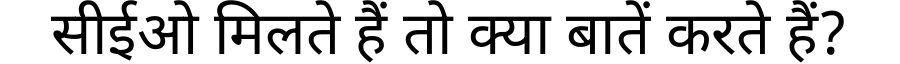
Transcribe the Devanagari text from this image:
सीईओ मिलते हैं तो क्या बातें करते हैं?